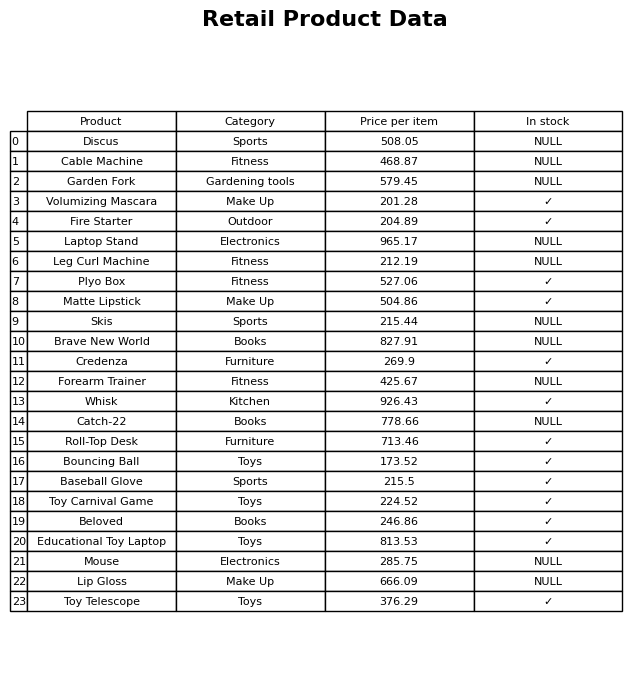
question: What is the stock status of the Skis?
answer: NULL